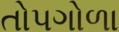
તોપગોળા